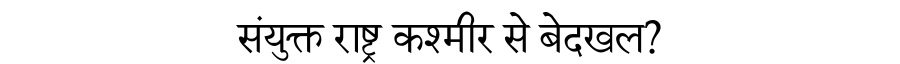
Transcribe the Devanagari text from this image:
संयुक्त राष्ट्र कश्मीर से बेदखल?